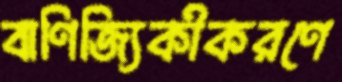
বাণিজ্যিকীকরণে